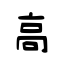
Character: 高